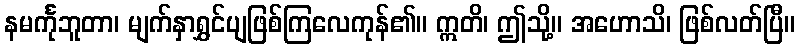
နမင်္ကုဘူတာ၊ မျက်နှာရွှင်ပျဖြစ်ကြလေကုန်၏။ ဣတိ၊ ဤသို့။ အဟောသိ၊ ဖြစ်လတ်ပြီ။